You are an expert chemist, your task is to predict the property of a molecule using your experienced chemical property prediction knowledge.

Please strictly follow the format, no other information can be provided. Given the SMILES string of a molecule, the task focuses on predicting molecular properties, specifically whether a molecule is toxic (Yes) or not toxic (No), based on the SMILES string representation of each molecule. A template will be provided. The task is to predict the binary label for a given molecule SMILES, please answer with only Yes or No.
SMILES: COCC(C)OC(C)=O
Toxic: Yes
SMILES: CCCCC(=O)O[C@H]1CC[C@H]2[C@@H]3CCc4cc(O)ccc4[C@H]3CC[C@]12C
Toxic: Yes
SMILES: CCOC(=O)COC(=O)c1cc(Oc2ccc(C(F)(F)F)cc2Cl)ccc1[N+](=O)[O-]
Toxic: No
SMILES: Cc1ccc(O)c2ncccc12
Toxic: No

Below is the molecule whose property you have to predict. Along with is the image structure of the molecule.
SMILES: CC(C)c1c(C(=O)Nc2ccccc2)c(-c2ccccc2)c(-c2ccc(F)cc2)n1CC[C@@H](O)C[C@@H](O)CC(=O)O
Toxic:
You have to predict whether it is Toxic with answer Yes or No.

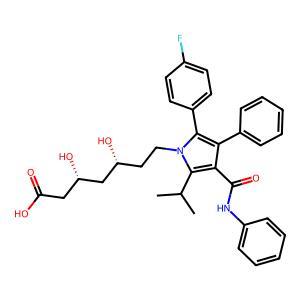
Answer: No